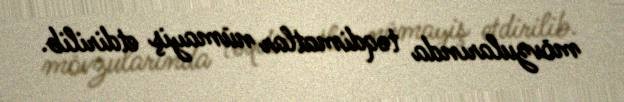
mövzularında təqdimatlar nümayiş etdirilib.